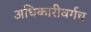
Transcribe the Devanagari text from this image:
अधिकारीवर्गच